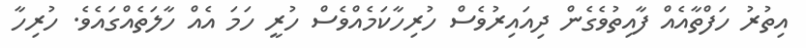
އިތުރު ހަފްތާއެއް ފާއިތުވެގެން ދިއައިިރުވެސް ހުރިހާކަމެއްވެސް ހުރީ ހަމަ އެއް ހާލަތެއްގަައެވެ. ހުރިހާ